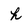
Character: h